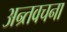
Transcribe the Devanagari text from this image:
अन्र्तवचना